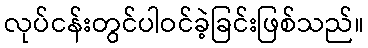
လုပ်ငန်းတွင်ပါဝင်ခဲ့ခြင်းဖြစ်သည်။